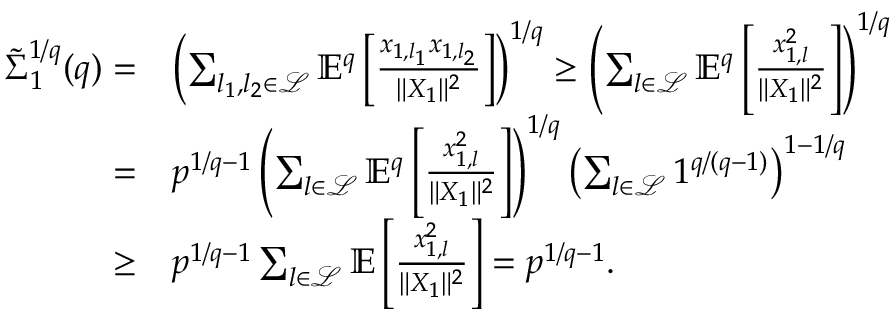
\begin{array} { r l } { \tilde { \Sigma } _ { 1 } ^ { 1 / q } ( q ) = } & { \left( \sum _ { l _ { 1 } , l _ { 2 } \in \mathcal { L } } \mathbb { E } ^ { q } \left[ \frac { x _ { 1 , l _ { 1 } } x _ { 1 , l _ { 2 } } } { \| X _ { 1 } \| ^ { 2 } } \right] \right) ^ { 1 / q } \ge \left( \sum _ { l \in \mathcal { L } } \mathbb { E } ^ { q } \left[ \frac { x _ { 1 , l } ^ { 2 } } { \| X _ { 1 } \| ^ { 2 } } \right] \right) ^ { 1 / q } } \\ { = } & { p ^ { 1 / q - 1 } \left( \sum _ { l \in \mathcal { L } } \mathbb { E } ^ { q } \left[ \frac { x _ { 1 , l } ^ { 2 } } { \| X _ { 1 } \| ^ { 2 } } \right] \right) ^ { 1 / q } \left( \sum _ { l \in \mathcal { L } } 1 ^ { q / ( q - 1 ) } \right) ^ { 1 - 1 / q } } \\ { \ge } & { p ^ { 1 / q - 1 } \sum _ { l \in \mathcal { L } } \mathbb { E } \left[ \frac { x _ { 1 , l } ^ { 2 } } { \| X _ { 1 } \| ^ { 2 } } \right] = p ^ { 1 / q - 1 } . } \end{array}